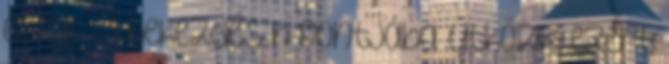
és 28. § 1 bekezdés h pontjába ütközik, ezért